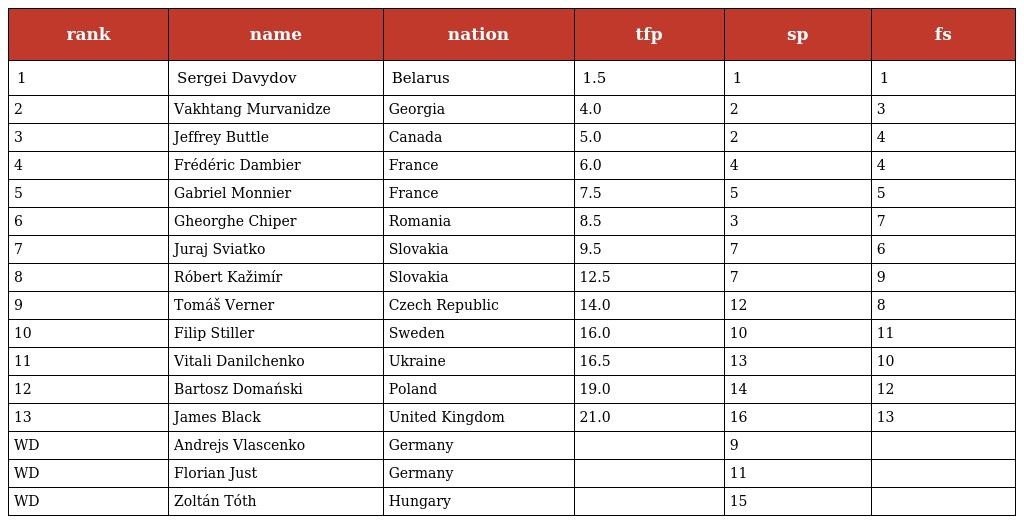
| rank | name | nation | tfp | sp | fs |
 | --- | --- | --- | --- | --- | --- |
 | 1 | Sergei Davydov | Belarus | 1.5 | 1 | 1 |
 | 2 | Vakhtang Murvanidze | Georgia | 4.0 | 2 | 3 |
 | 3 | Jeffrey Buttle | Canada | 5.0 | 2 | 4 |
 | 4 | Frédéric Dambier | France | 6.0 | 4 | 4 |
 | 5 | Gabriel Monnier | France | 7.5 | 5 | 5 |
 | 6 | Gheorghe Chiper | Romania | 8.5 | 3 | 7 |
 | 7 | Juraj Sviatko | Slovakia | 9.5 | 7 | 6 |
 | 8 | Róbert Kažimír | Slovakia | 12.5 | 7 | 9 |
 | 9 | Tomáš Verner | Czech Republic | 14.0 | 12 | 8 |
 | 10 | Filip Stiller | Sweden | 16.0 | 10 | 11 |
 | 11 | Vitali Danilchenko | Ukraine | 16.5 | 13 | 10 |
 | 12 | Bartosz Domański | Poland | 19.0 | 14 | 12 |
 | 13 | James Black | United Kingdom | 21.0 | 16 | 13 |
 | WD | Andrejs Vlascenko | Germany |  | 9 |  |
 | WD | Florian Just | Germany |  | 11 |  |
 | WD | Zoltán Tóth | Hungary |  | 15 |  |